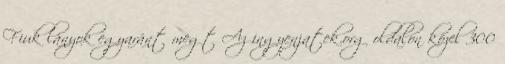
Fiuk lányok egyaránt megt Az ingyenjatek.org oldalon közel 300